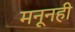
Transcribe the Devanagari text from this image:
मनूनही